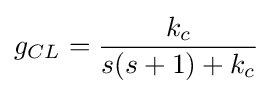
g_{CL}={\frac {k_{c}}{s(s+1)+k_{c}}}